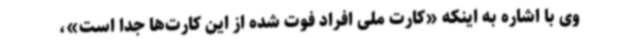
وی با اشاره به اینکه «کارت ملی افراد فوت شده از این کارت‌ها جدا است»،